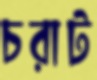
চরাট